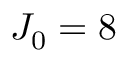
{ { J } _ { 0 } } = 8